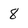
Character: 8